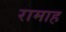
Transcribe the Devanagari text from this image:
रामाह